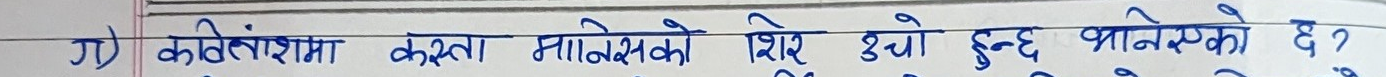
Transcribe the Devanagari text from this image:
१) कतिवंशमा कस्ता मानिसको शिर ऊँचो हुन्छ भनेको छ ?